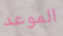
الموعد